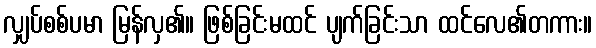
လျှပ်စစ်ပမာ မြန်လှ၏။ ဖြစ်ခြင်းမထင် ပျက်ခြင်းသာ ထင်လေ၏တကား။